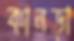
কানড়া